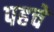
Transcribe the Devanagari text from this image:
पहचे